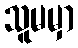
သူမမှာ